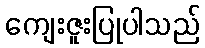
ကျေးဇူးပြုပါသည်